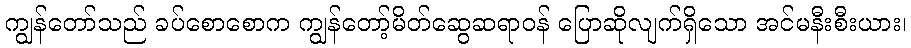
ကျွန်တော်သည် ခပ်စောစောက ကျွန်တော့်မိတ်ဆွေဆရာဝန် ပြောဆိုလျက်ရှိသော အင်မနီးစီးယား၊